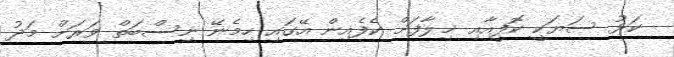
ކަޅު ސަޔަކީ ކޮފީއާއި ޚިލާފަށް ކެފެއިން އޭގައި ހިމެނޭ ނިސްބަތް ވަރަށް މަދު